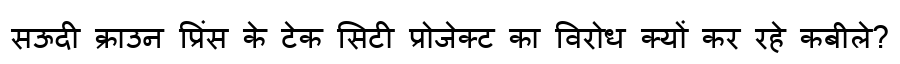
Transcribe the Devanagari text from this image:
सऊदी क्राउन प्रिंस के टेक सिटी प्रोजेक्ट का विरोध क्यों कर रहे कबीले?